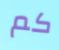
كم